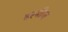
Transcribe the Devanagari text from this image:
हरमीज